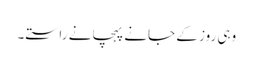
وہی روز کے جانے پہچانے راستے۔